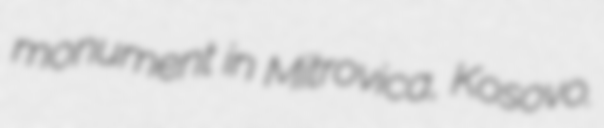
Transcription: monument in Mitrovica, Kosovo.